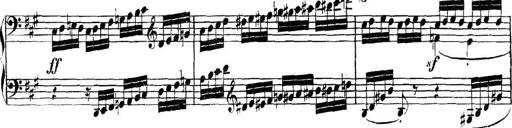
Title: Collected Piano Sonatas
Composer: Muzio Clementi